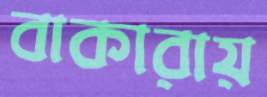
বাকারায়